Epidemic dropsy in Calcutta - Number 45
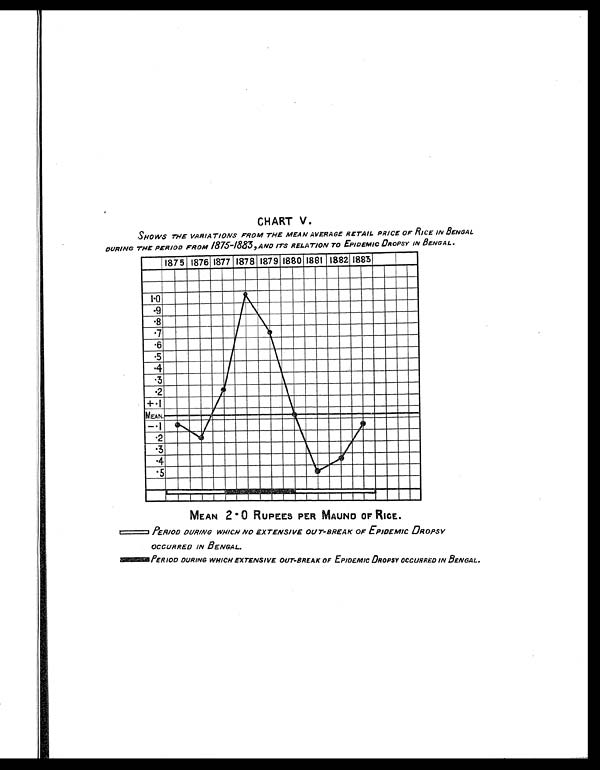
CHART V.
SHOWS THE VARIATIONS FROM THE MEAN AVERAGE RETAIL PRICE OF RICE IN BENGAL
DURING THE PERIOD FROM 1875 -1883, AND ITS RELATION TO EPIDEMIC DROPSY IN BENGAL.
MEAN 2.0 RUPEES PER MAUND OF RICE.
PERIOD DURING WHICH NO EXTENSIVE OUT-BREAK OF EPIDEMIC DROPSY
OCCURRED IN BENGAL.
PERIOD DURING WHICH EXTENSIVE OUT-BREAK OF EPIDEMIC DROPSY OCCURRED IN BENGAL.